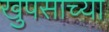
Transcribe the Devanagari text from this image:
खुपसाच्या